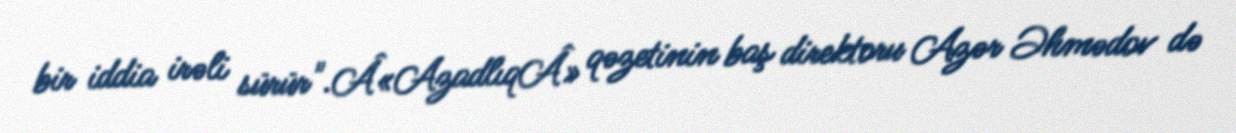
bir iddia irəli sürür".Â«AzadlıqÂ» qəzetinin baş direktoru Azər Əhmədov də